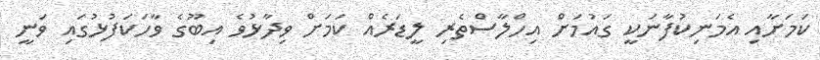
ކަމަށާއި އެމަނިކުފާނަކީ ގައުމަށް އިހްލާސްތެރި ލީޑަރެއް ކަމަށް ވިދާޅުވެ އިބޫގެ ވާހަކަފުޅުގައި ވަނީ